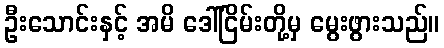
ဦးသောင်းနှင့် အမိ ဒေါ်ငြိမ်းတို့မှ မွေးဖွားသည်။